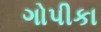
ગોપીકા